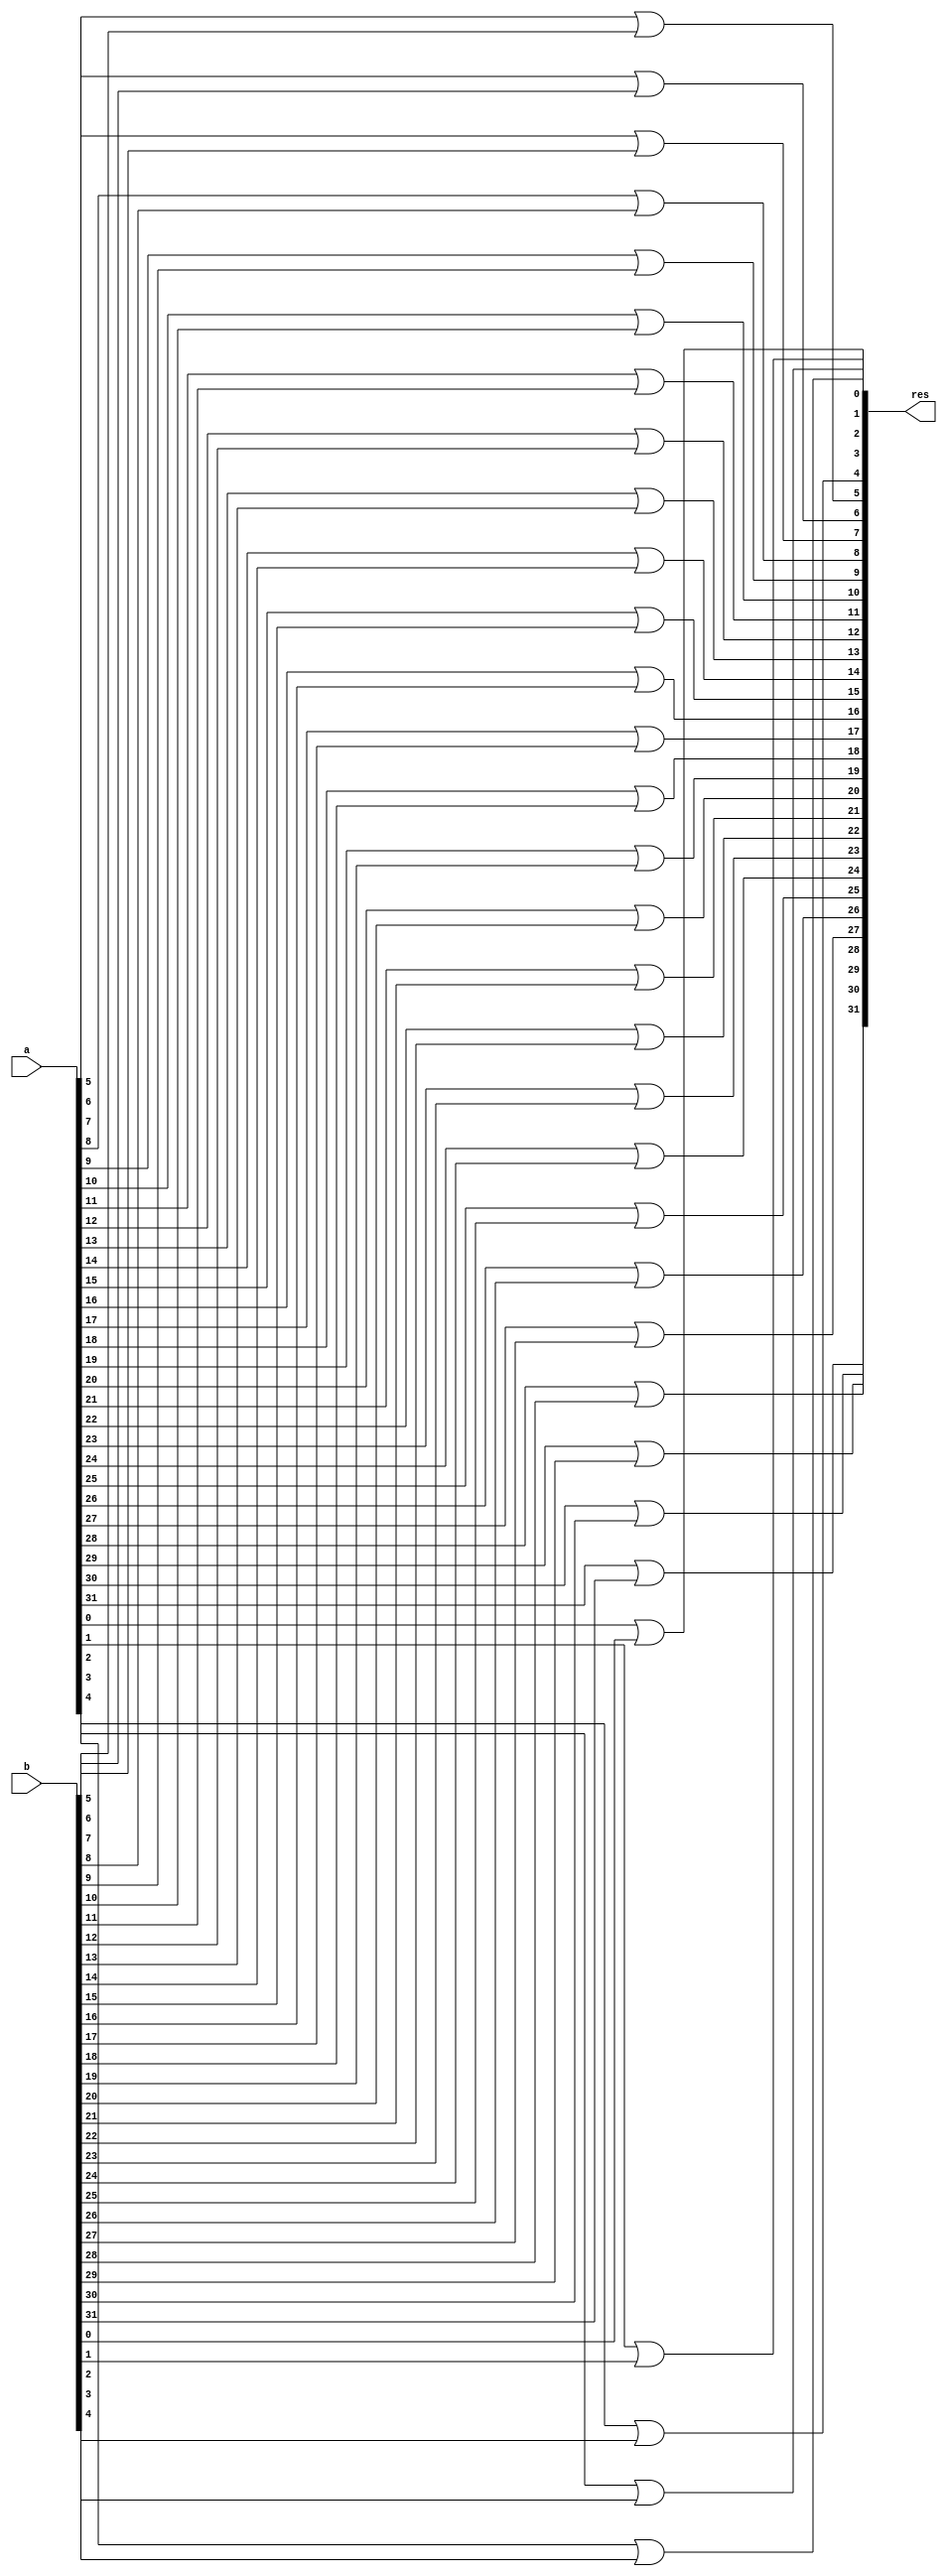
module or_opr(res, a, b);
input [31:0] a, b;
output [31:0] res;

or  OO0(res[0], a[0], b[0]),
	 OO1(res[1], a[1], b[1]),
	 OO2(res[2], a[2], b[2]),
	 OO3(res[3], a[3], b[3]),
	 OO4(res[4], a[4], b[4]),
	 OO5(res[5], a[5], b[5]),
	 OO6(res[6], a[6], b[6]),
	 OO7(res[7], a[7], b[7]),
	 OO8(res[8], a[8], b[8]),
	 OO9(res[9], a[9], b[9]),
	 OO10(res[10], a[10], b[10]),
	 OO11(res[11], a[11], b[11]),
	 OO12(res[12], a[12], b[12]),
	 OO13(res[13], a[13], b[13]),
	 OO14(res[14], a[14], b[14]),
	 OO15(res[15], a[15], b[15]),
	 OO16(res[16], a[16], b[16]),
	 OO17(res[17], a[17], b[17]),
	 OO18(res[18], a[18], b[18]),
	 OO19(res[19], a[19], b[19]),
	 OO20(res[20], a[20], b[20]),
	 OO21(res[21], a[21], b[21]),
	 OO22(res[22], a[22], b[22]),
	 OO23(res[23], a[23], b[23]),
	 OO24(res[24], a[24], b[24]),
	 OO25(res[25], a[25], b[25]),
	 OO26(res[26], a[26], b[26]),
	 OO27(res[27], a[27], b[27]),
	 OO28(res[28], a[28], b[28]),
	 O029(res[29], a[29], b[29]),
	 OO30(res[30], a[30], b[30]),
	 OO31(res[31], a[31], b[31]);

endmodule